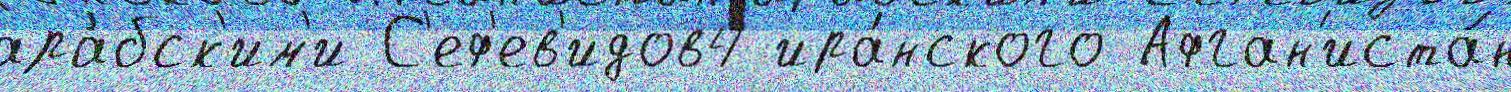
ара́бск'им'и С'еф'ев'идов4 ира́нского Афган'иста́н